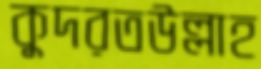
কুদরতউল্লাহ